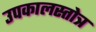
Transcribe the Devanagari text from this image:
उपकालस्तोत्र